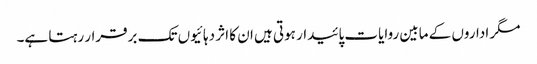
مگر اداروں کے مابین روایات پائیدار ہوتی ہیں ان کا اثر دہائیوں تک برقرار رہتا ہے۔